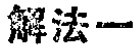
解法一